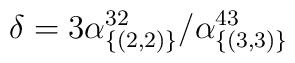
\delta =3\alpha ^{32}_{\{(2,2)\}}/\alpha ^{43}_{\{(3,3)\}}